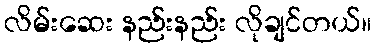
လိမ်းဆေး နည်းနည်း လိုချင်တယ်။